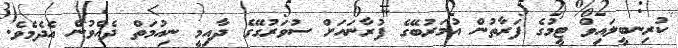
ކުރިނބީލައިވް ޓީމުގެ ފަރާތުން އުމަރުބޭގެ ފުރާނައަށް ސުވަރުގޭގެ ދާއިމީ ނިއުމަތް ދެއްވުން އެދެމެވެ.